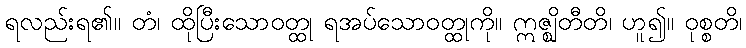
ရလည်းရ၏။ တံ၊ ထိုပြီးသောဝတ္ထု ရအပ်သောဝတ္ထုကို။ ဣဇ္ဈိတီတိ၊ ဟူ၍။ ဝုစ္စတိ၊